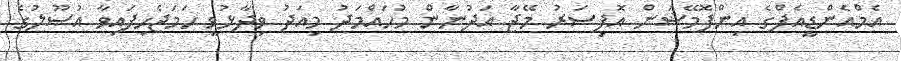
އެމްއެންޑީއެފްގެ އިންފޮމޭޝަން އޮފިސަރު މޭޖާ އަދުނާން މުހައްމަދު މިއަދު ވިދާޅުވީ ހަމަޖެހިފައިވާ އުސޫލުގެ